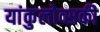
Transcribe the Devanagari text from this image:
यांकुलोव्सकी